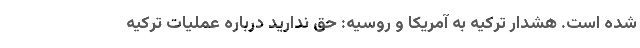
شده است. هشدار ترکیه به آمریکا و روسیه: حق ندارید درباره عملیات ترکیه